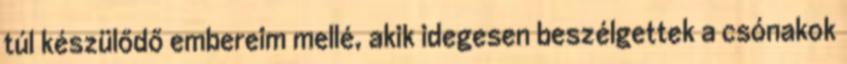
túl készülődő embereim mellé, akik idegesen beszélgettek a csónakok